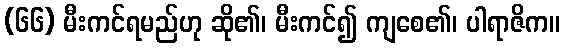
(၆၆) မီးကင်ရမည်ဟု ဆို၏၊ မီးကင်၍ ကျစေ၏၊ ပါရာဇိက။